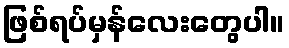
ဖြစ်ရပ်မှန်လေးတွေပါ။